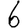
Digit: 6